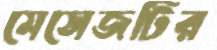
মেসেজটির